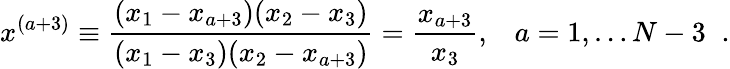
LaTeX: x^{(a+3)}\equiv\frac{(x_{1}-x_{a+3})(x_{2}-x_{3})}{(x_{1}-x_{3})(x_{2}-x_{a+3})}=\frac{x_{a+3}}{x_{3}},\; \; \; a=1,\ldots N-3\; \; .